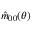
\hat { m } _ { 0 0 } ( \theta )